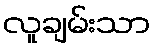
လူချမ်းသာ